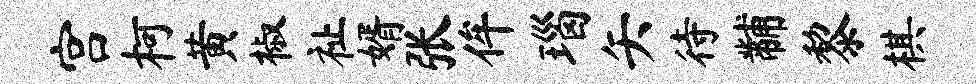
宫柯黄椒祉婿张侔瑙矢待黼黎棋